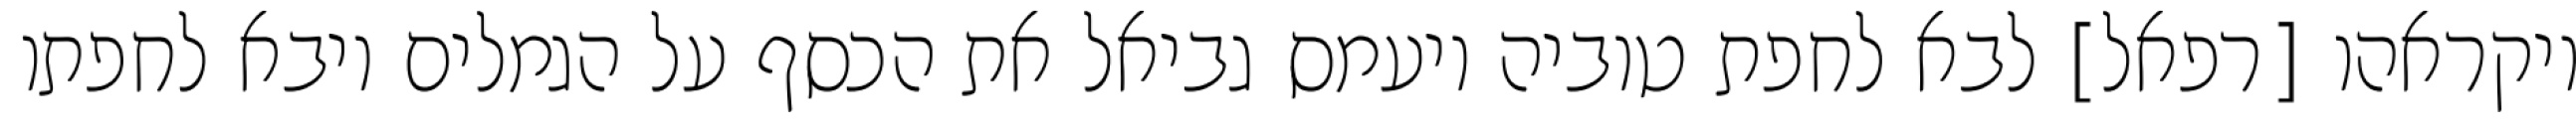
ויקראהו [רפאל] לבא לחפת טוביה ויעמס גביאל את הכסף על הגמלים ויבא לחפתו